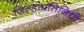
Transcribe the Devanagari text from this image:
जिल्हाप्रतिनिधी